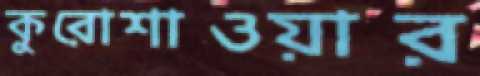
কুরোশাওয়ার